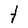
Character: t